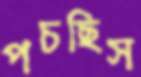
পচছিস